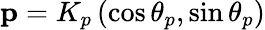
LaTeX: \mathbf{p}=K_{p}\left(\cos\theta_{p},\sin\theta_{p}\right)